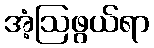
အံ့ဩဖွယ်ရာ